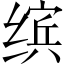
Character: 缤